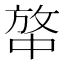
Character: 𰕍